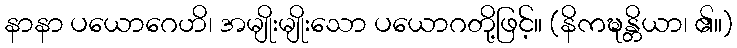
နာနာ ပယောဂေဟိ၊ အမျိုးမျိုးသော ပယောဂတို့ဖြင့်။ (နိကဍ္ဎန္တိယာ၊ ၏။)